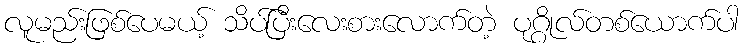
လူမည်းဖြစ်ပေမယ့် သိပ်ပြီးလေးစားလောက်တဲ့ ပုဂ္ဂိုလ်တစ်ယောက်ပါ